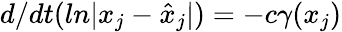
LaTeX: d/dt(ln|x_{j}-\hat{x}_{j}|)=-c\gamma(x_{j})